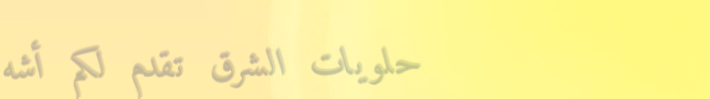
حلويات الشرق تقدم لكم أشه